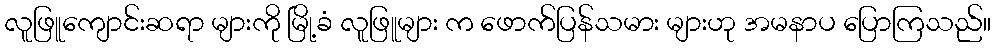
လူဖြူကျောင်းဆရာ များကို မြို့ခံ လူဖြူများ က ဖောက်ပြန်သမား များဟု အမနာပ ပြောကြသည်။